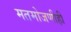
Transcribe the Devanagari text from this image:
मतमोजणीही